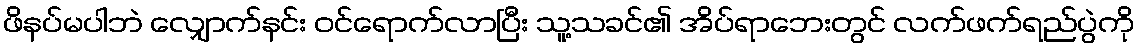
ဖိနပ်မပါဘဲ လျှောက်နင်း ဝင်ရောက်လာပြီး သူ့သခင်၏ အိပ်ရာဘေးတွင် လက်ဖက်ရည်ပွဲကို